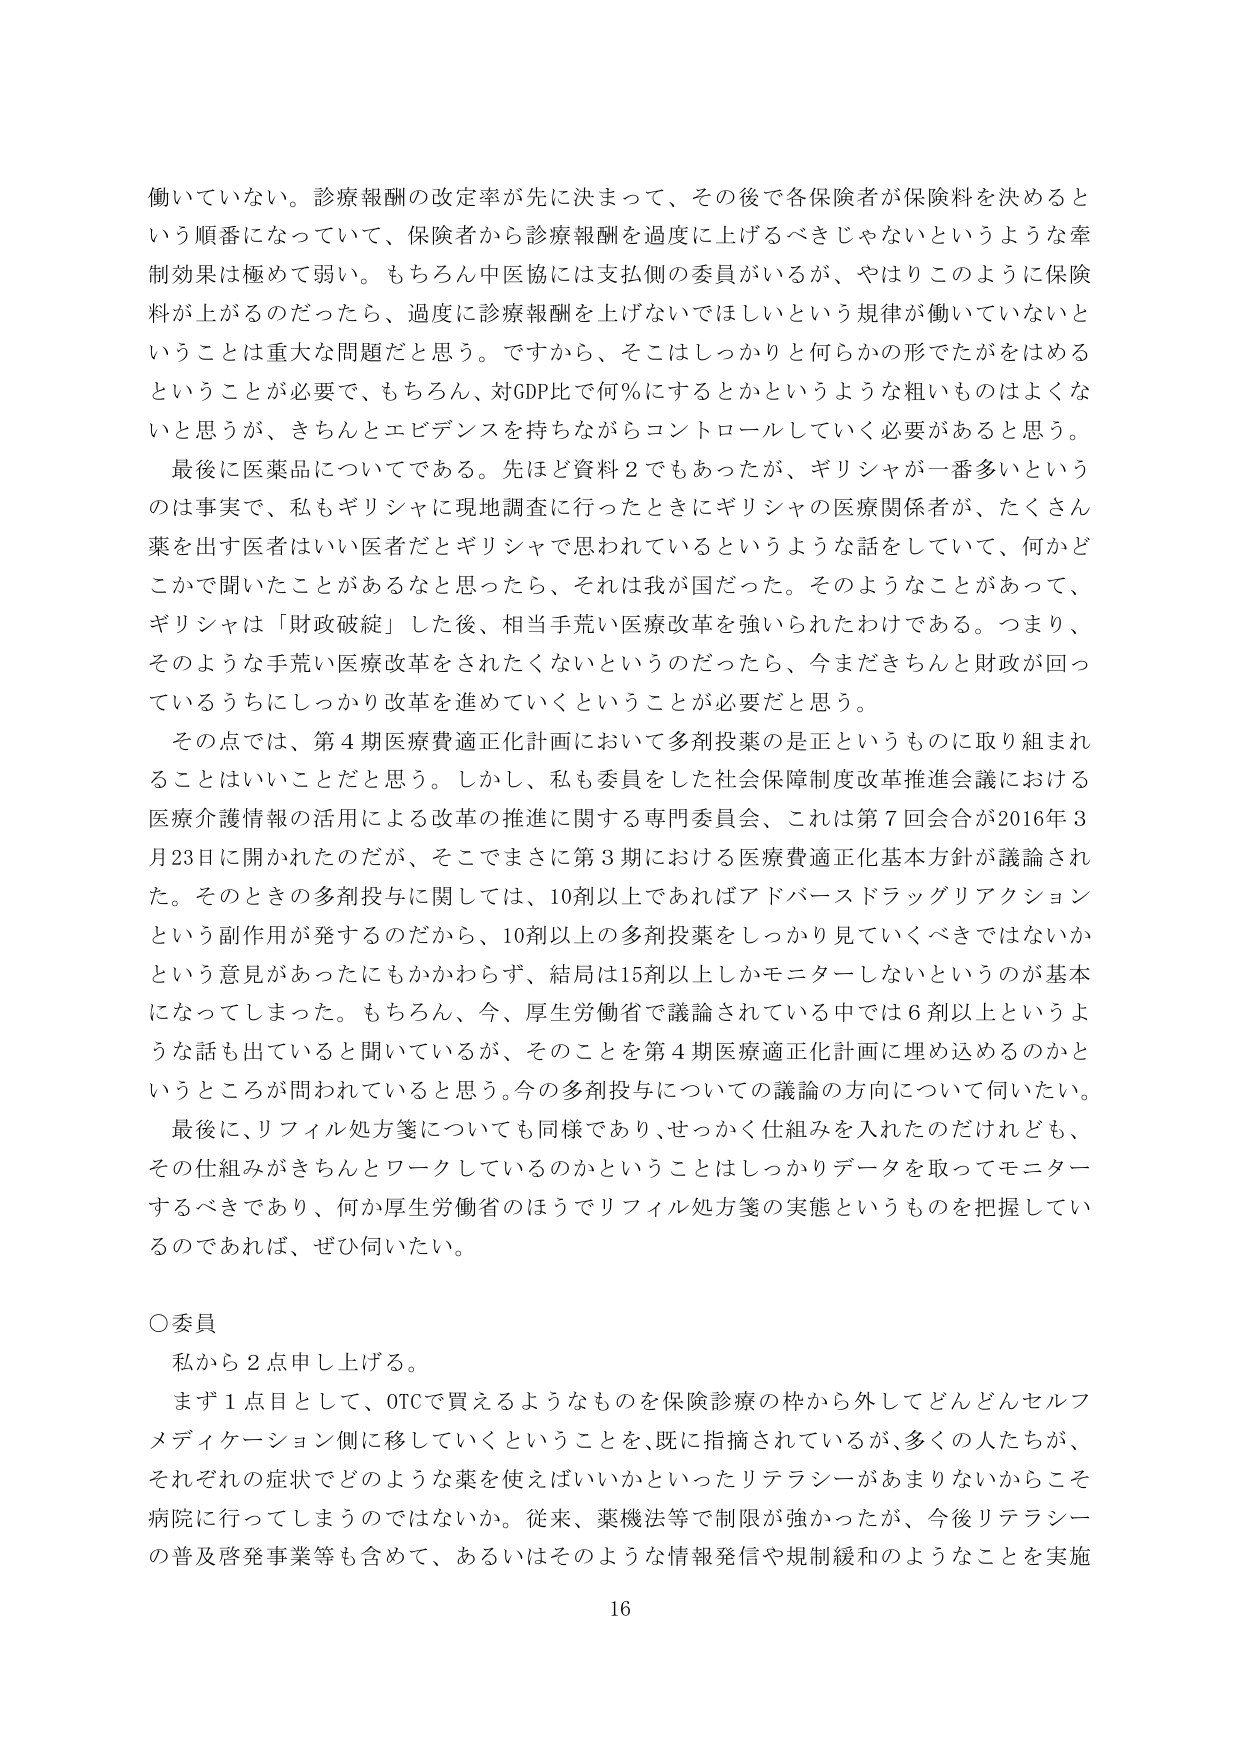
働いていない。診療報酬の改定率が先に決まって、その後で各保険者が保険料を決めると
いう順番になっていて、保険者から診療報酬を過度に上げるべきじゃないというような牽
制効果は極めて弱い。もちろん中医協には支払側の委員がいるが、やはりこのように保険
料が上がるのだったら、過度に診療報酬を上げないでほしいという規律が働いていないと
いうことは重大な問題だと思う。ですから、そこはしっかりと何らかの形でたがをはめる
ということが必要で、もちろん、対GDP比で何％にするとかというような粗いものはよくな
いと思うが、きちんとエビデンスを持ちながらコントロールしていく必要があると思う。
最後に医薬品についてである。先ほど資料２でもあったが、ギリシャが一番多いという
のは事実で、私もギリシャに現地調査に行ったときにギリシャの医療関係者が、たくさん
薬を出す医者はいい医者だとギリシャで思われているというような話をしていて、何かど
こかで聞いたことがあるなと思ったら、それは我が国だった。そのようなことがあって、
ギリシャは「財政破綻」した後、相当手荒い医療改革を強いられたわけである。つまり、
そのような手荒い医療改革をされたくないというのだったら、今まだきちんと財政が回っ
ているうちにしっかり改革を進めていくということが必要だと思う。
その点では、第４期医療費適正化計画において多剤投薬のは正というものに取り組まれ
ることはいいことだと思う。しかし、私も委員をした社会保障制度改革推進会議における
医療介護情報の活用による改革の推進に関する専門委員会、これは第７回会合が2016年３
月23日に開かれたのだが、そこでまさに第３期における医療費適正化基本方針が議論され
た。そのときの多剤投与に関しては、10剤以上であればアドバースドラッグリアクション
という副作用が発するのだから、10剤以上の多剤投薬をしっかり見ていけばいけないか
という意見があったにもかかわらず、結局は15剤以上しかモニターしないというのが基本
になってしまった。もちろん、今、厚生労働省で議論されている中では６剤以上というよ
うな話も出ていると聞いているが、そのことを第４期医療適正化計画に埋め込めるのかと
いうところが問われていると思う。今の多剤投与についての議論の方向について伺いたい。
最後に、リフィル処方箋についても同様であり、せっかく仕組みを入れたのだけれども、
その仕組みがきちんとワークしているのかということはしっかりデータを取ってモニター
するべきであり、何か厚生労働省のほうでリフィル処方箋の実態というものを把握してい
るのであれば、ぜひ伺いたい。

○委員
私から２点申し上げる。
まず１点目として、OTCで買えるようなものを保険診療の枠から外してどんどんセルフ
メディケーション側に移していくということを、既に指摘されているが、多くの人たちが、
それぞれの症状でどのような薬を使えばいいかといったリテラシーがあまりないからこそ
病院に行ってしまうのではないか。従来、薬機法等で制限が強かったが、今後リテラシー
の普及啓発事業等も含めて、あるいはそのような情報発信や規制緩和のようなことを実施
16